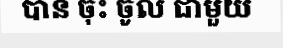
បាន ចុះ ចូល ជាមួយ